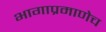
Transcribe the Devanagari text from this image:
भागाप्रमाणेच